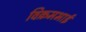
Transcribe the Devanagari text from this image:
विक्रमभाई